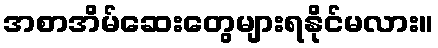
အစာအိမ်ဆေးတွေများရနိုင်မလား။